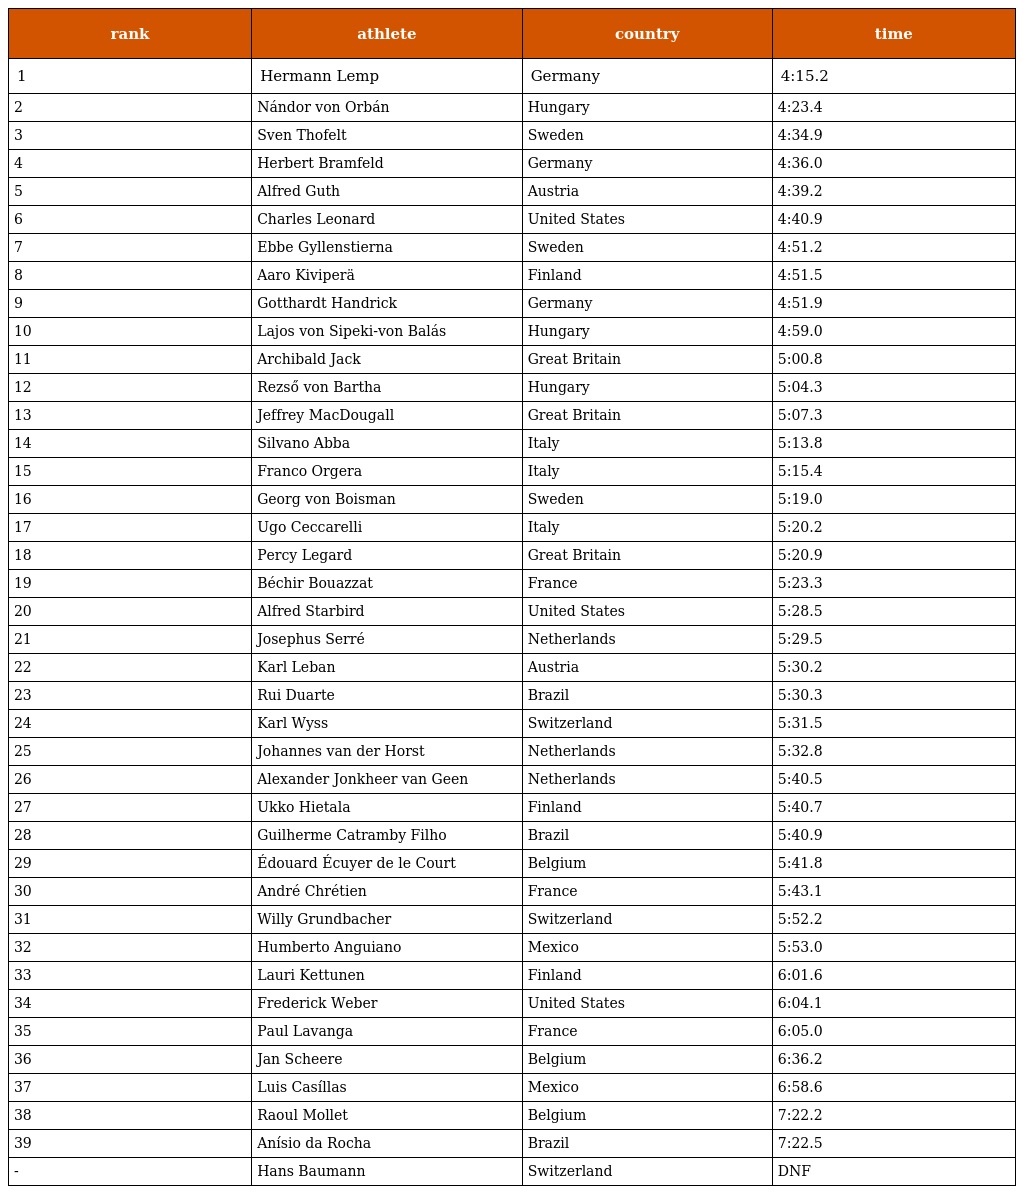
| rank | athlete | country | time |
 | --- | --- | --- | --- |
 | 1 | Hermann Lemp | Germany | 4:15.2 |
 | 2 | Nándor von Orbán | Hungary | 4:23.4 |
 | 3 | Sven Thofelt | Sweden | 4:34.9 |
 | 4 | Herbert Bramfeld | Germany | 4:36.0 |
 | 5 | Alfred Guth | Austria | 4:39.2 |
 | 6 | Charles Leonard | United States | 4:40.9 |
 | 7 | Ebbe Gyllenstierna | Sweden | 4:51.2 |
 | 8 | Aaro Kiviperä | Finland | 4:51.5 |
 | 9 | Gotthardt Handrick | Germany | 4:51.9 |
 | 10 | Lajos von Sipeki-von Balás | Hungary | 4:59.0 |
 | 11 | Archibald Jack | Great Britain | 5:00.8 |
 | 12 | Rezső von Bartha | Hungary | 5:04.3 |
 | 13 | Jeffrey MacDougall | Great Britain | 5:07.3 |
 | 14 | Silvano Abba | Italy | 5:13.8 |
 | 15 | Franco Orgera | Italy | 5:15.4 |
 | 16 | Georg von Boisman | Sweden | 5:19.0 |
 | 17 | Ugo Ceccarelli | Italy | 5:20.2 |
 | 18 | Percy Legard | Great Britain | 5:20.9 |
 | 19 | Béchir Bouazzat | France | 5:23.3 |
 | 20 | Alfred Starbird | United States | 5:28.5 |
 | 21 | Josephus Serré | Netherlands | 5:29.5 |
 | 22 | Karl Leban | Austria | 5:30.2 |
 | 23 | Rui Duarte | Brazil | 5:30.3 |
 | 24 | Karl Wyss | Switzerland | 5:31.5 |
 | 25 | Johannes van der Horst | Netherlands | 5:32.8 |
 | 26 | Alexander Jonkheer van Geen | Netherlands | 5:40.5 |
 | 27 | Ukko Hietala | Finland | 5:40.7 |
 | 28 | Guilherme Catramby Filho | Brazil | 5:40.9 |
 | 29 | Édouard Écuyer de le Court | Belgium | 5:41.8 |
 | 30 | André Chrétien | France | 5:43.1 |
 | 31 | Willy Grundbacher | Switzerland | 5:52.2 |
 | 32 | Humberto Anguiano | Mexico | 5:53.0 |
 | 33 | Lauri Kettunen | Finland | 6:01.6 |
 | 34 | Frederick Weber | United States | 6:04.1 |
 | 35 | Paul Lavanga | France | 6:05.0 |
 | 36 | Jan Scheere | Belgium | 6:36.2 |
 | 37 | Luis Casíllas | Mexico | 6:58.6 |
 | 38 | Raoul Mollet | Belgium | 7:22.2 |
 | 39 | Anísio da Rocha | Brazil | 7:22.5 |
 | - | Hans Baumann | Switzerland | DNF |